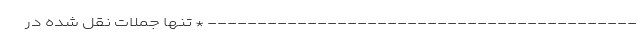
------------------------------------------- * تنها جملات نقل شده در